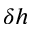
\delta h